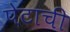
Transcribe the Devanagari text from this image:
पेटाची